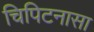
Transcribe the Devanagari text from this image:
चिपिटनासा